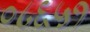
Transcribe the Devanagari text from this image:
०८६५१